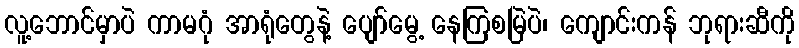
လူ့ဘောင်မှာပဲ ကာမဂုံ အာရုံတွေနဲ့ ပျော်မွေ့ နေကြစမြဲပဲ၊ ကျောင်းကန် ဘုရားဆီကို